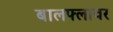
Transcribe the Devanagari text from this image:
बालफ्लावर